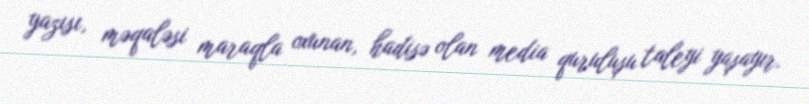
yazısı, məqaləsi maraqla oxunan, hadisə olan media quruluşu taleyi yaşayır.